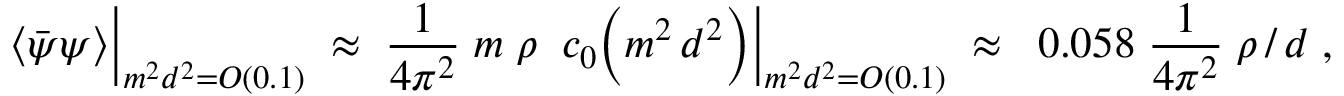
\langle \bar { \psi } \psi \rangle \Big | _ { m ^ { 2 } d ^ { 2 } = { \cal O } ( 0 . 1 ) } \; \approx \; \frac { 1 } { 4 \pi ^ { 2 } } \; m \; \rho \; \; c _ { 0 } \Bigl ( m ^ { 2 } \, d ^ { 2 } \Bigr ) \Big | _ { m ^ { 2 } d ^ { 2 } = { \cal O } ( 0 . 1 ) } \; \approx \; \; 0 . 0 5 8 \; \frac { 1 } { 4 \pi ^ { 2 } } \; \rho \, / \, d \; ,